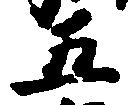
五